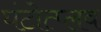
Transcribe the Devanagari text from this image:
घंटोत्प्लव